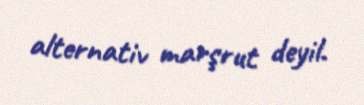
alternativ marşrut deyil.